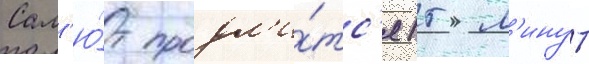
Сал'ю́т продл'и́тс'я 15 м'инут